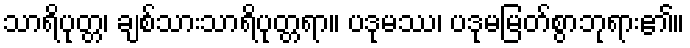
သာရိပုတ္တ၊ ချစ်သားသာရိပုတ္တရာ။ ပဒုမဿ၊ ပဒုမမြတ်စွာဘုရား၏။